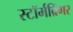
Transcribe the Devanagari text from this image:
स्टॉर्मब्रिंगर